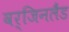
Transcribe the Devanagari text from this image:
वर्जिनलैंड